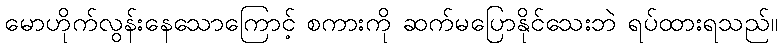
မောဟိုက်လွန်းနေသောကြောင့် စကားကို ဆက်မပြောနိုင်သေးဘဲ ရပ်ထားရသည်။